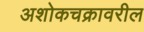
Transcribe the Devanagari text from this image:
अशोकचक्रावरील